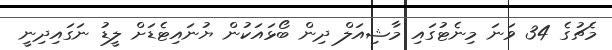
މެޗުގެ 34 ވަނަ މިނެޓުގައި މާޝިއަލް ދިން ބޯޅައަކުން ޔުނައިޓެޑަށް ލީޑު ނަގައިދިނީ